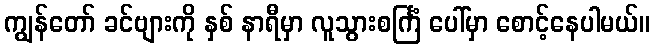
ကျွန်တော် ခင်ဗျားကို နှစ် နာရီမှာ လူသွားစင်္ကြံ ပေါ်မှာ စောင့်နေပါမယ်။